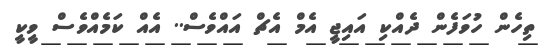
ތިހެން ހުވަފެން ދެއްކި އައިޖީ އެމް އެޗް އައްވެސް.. އެއް ކަމެއްވެސް ވީކީ